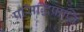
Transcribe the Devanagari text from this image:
प्रसिद्धिप्राप्ति